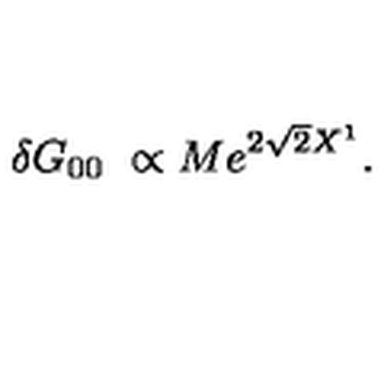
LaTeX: \delta G _ { 0 0 } \ \propto M e ^ { 2 \sqrt 2 X ^ { 1 } } .